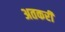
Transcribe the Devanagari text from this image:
अतकरी